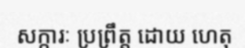
សក្ការៈ ប្រព្រឹត្ត ដោយ ហេតុ